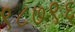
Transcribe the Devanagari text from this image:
९८७९६